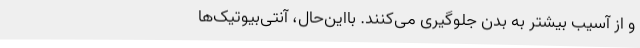
و از آسیب بیشتر به بدن جلوگیری می‌کنند. بااین‌حال، آنتی‌بیوتیک‌ها